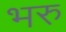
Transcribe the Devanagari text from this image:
भरु